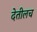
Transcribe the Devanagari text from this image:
देतीलच